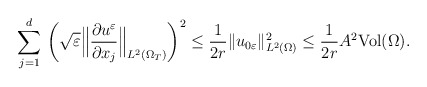
\begin{align*} \displaystyle\sum_{j=1}^{d} \,\left(\sqrt{\varepsilon}\Big\| \frac{\partial u^{\varepsilon}}{\partial x_{j}}\Big\|_{L^{2}(\Omega_{T})}\right)^{2} \leq\frac{1}{2r}\|u_{0\varepsilon}\|^{2}_{L^{2}(\Omega)}\leq \frac{1}{2r}A^{2}\mbox{Vol}(\Omega).\end{align*}